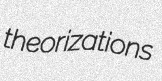
theorizations